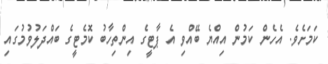
ކަމަށެވެ. އެހެން ކަމުން އިއްޔެ ބޭއްވި އެ ޕާޓީގެ އިންތިހާބު ކޮމެޓީގެ ބައްދަލުވުމުގައި